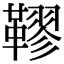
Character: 𩌭